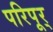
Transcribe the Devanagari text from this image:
परिपूर्